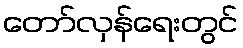
တော်လှန်ရေးတွင်